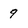
Character: 9